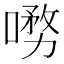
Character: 𭊞